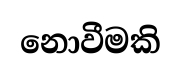
නොවීමකි